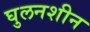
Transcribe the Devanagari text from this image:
घुलनशीन